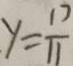
y = \frac { 1 7 } { 1 1 }